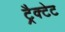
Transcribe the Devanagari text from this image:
ट्रैक्टेट